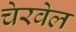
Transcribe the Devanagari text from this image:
चेरवेल